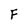
Character: F